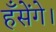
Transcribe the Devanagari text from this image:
हँसेंगे।